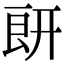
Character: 𦫍